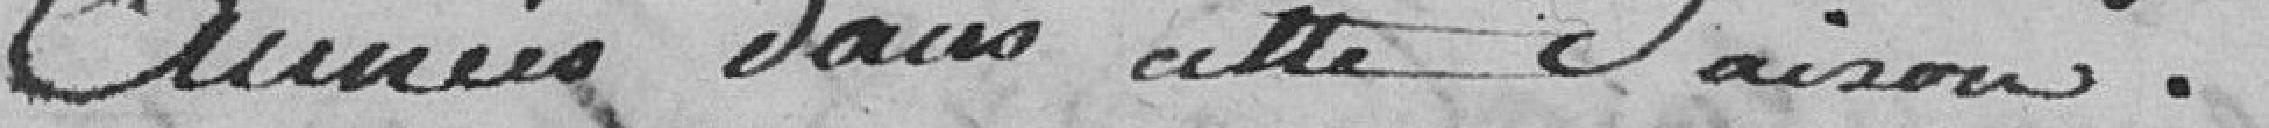
années dans cette Saison.